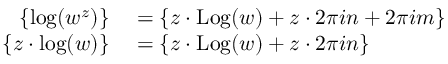
\begin{array} { r l } { \left\{ \log ( w ^ { z } ) \right\} } & { { } = \left\{ z \cdot \operatorname { L o g } ( w ) + z \cdot 2 \pi i n + 2 \pi i m \right\} } \\ { \left\{ z \cdot \log ( w ) \right\} } & { { } = \left\{ z \cdot \operatorname { L o g } ( w ) + z \cdot 2 \pi i n \right\} } \end{array}